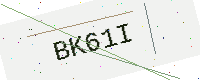
Text: BK61I